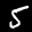
Label: 5